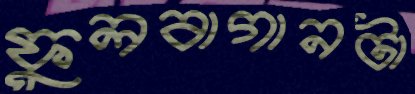
ফুলবাগানটা